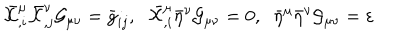
LaTeX: \bar { \cal X } _ { , i } ^ { \mu } \bar { \cal X } _ { , j } ^ { \nu } { \cal G } _ { \mu \nu } = \bar { g } _ { i j } , \; \; \bar { \cal X } _ { , i } ^ { \mu } \bar { \eta } ^ { \nu } { \cal G } _ { \mu \nu } = 0 , \; \; \bar { \eta } ^ { \mu } \bar { \eta } ^ { \nu } { \cal G } _ { \mu \nu } = \varepsilon